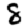
Digit: 8